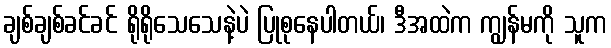
ချစ်ချစ်ခင်ခင် ရိုရိုသေသေနဲ့ပဲ ပြုစုနေပါတယ်၊ ဒီအထဲက ကျွန်မကို သူက